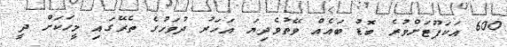
600 އަކަފޫޓަށްވުރެ ބޮޑު ބައެއް ވޭތުވެދިޔަ އަހަރު ދުވަހުގެ ތެރޭގައި މީހަކަށް ދީ